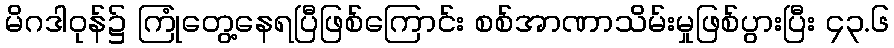
မိဂဒါဝုန်၌ ကြုံတွေ့နေရပြီဖြစ်ကြောင်း စစ်အာဏာသိမ်းမှုဖြစ်ပွားပြီး ၄၃.၆